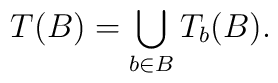
T(B)=\bigcup_{b\in B}T_{b}(B).